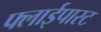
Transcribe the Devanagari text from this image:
फ्लाईपास्ट